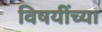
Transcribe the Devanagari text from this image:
विषयींच्या